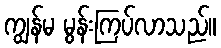
ကျွန်မ မွန်းကြပ်လာသည်။